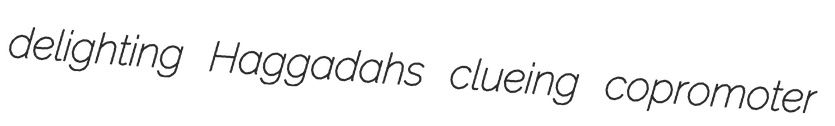
delighting Haggadahs clueing copromoter